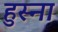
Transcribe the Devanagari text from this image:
हुस्ना